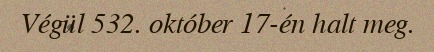
Végül 532. október 17-én halt meg.